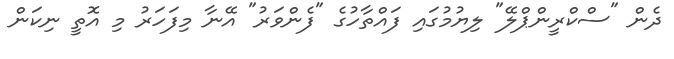
ދެން "ސްކްރީންޕްލޭ" ލިޔުމުގައި ފައްތާހުގެ "ފެންވަރު" އޭނާ މިފަހަރު މި އޮތީ ނިކަން